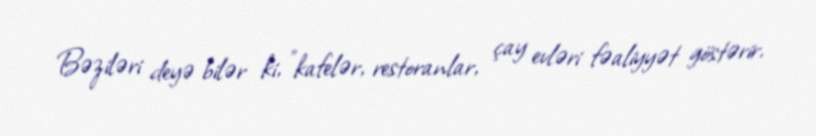
Bəziləri deyə bilər ki, "kafelər, restoranlar, çay evləri fəaliyyət göstərir,